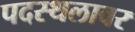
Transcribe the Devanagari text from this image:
पदस्थलावर